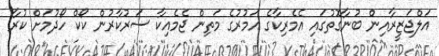
އަލްޖަޒީރާއިން ބުނާގޮތުގައި އެމެރިކާގެ އަމުރުގެ މަތިން ޖެމެއިކާ ސަރުކާރުން ކޯކް ހޯދުމަށް ކުރާ